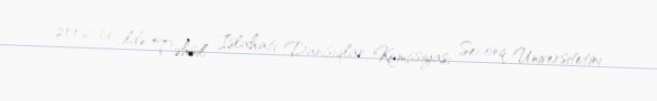
2002-ci ildə Təhsil İslahatı Danışıqlar Komissiyası Seconq Universitetini